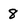
Character: 8